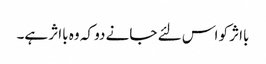
بااثر کو اس لئے جانے دو کہ وہ بااثر ہے۔